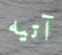
آتيه